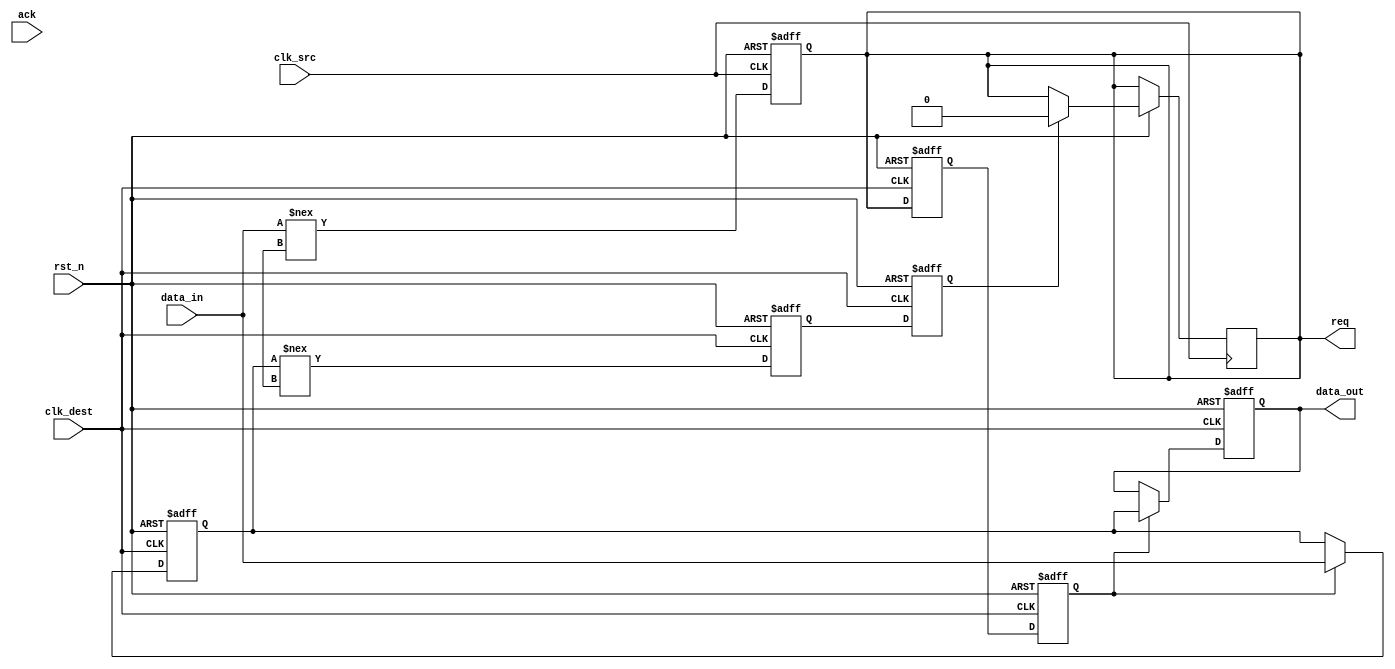
module handshake_synchronizer #(
    parameter DATA_WIDTH = 8
)(
    input  wire           clk_src,      // Source clock
    input  wire           clk_dest,     // Destination clock
    input  wire           rst_n,        // Asynchronous reset (active low)
    input  wire [DATA_WIDTH-1:0] data_in, // Data input from source clock domain
    output reg  [DATA_WIDTH-1:0] data_out, // Data output to destination clock domain
    output reg           req,          // Request signal from source
    input  wire          ack            // Acknowledgment signal from destination
);

// Registers for the handshake signals
reg req_sync_1;
reg req_sync_2;
reg ack_sync_1;
reg ack_sync_2;

// Data register in the destination domain
reg [DATA_WIDTH-1:0] data_reg;

// Generate req signal in the source clock domain
always @(posedge clk_src or negedge rst_n) begin
    if (!rst_n) begin
        req <= 1'b0;
    end else begin
        // Assume data is valid when this condition is true
        req <= (data_in !== {DATA_WIDTH{1'bx}}); // Indicate valid data
    end
end

// Synchronize the req signal to the destination clock domain
always @(posedge clk_dest or negedge rst_n) begin
    if (!rst_n) begin
        req_sync_1 <= 1'b0;
        req_sync_2 <= 1'b0;
    end else begin
        req_sync_1 <= req; // First flip-flop
        req_sync_2 <= req_sync_1; // Second flip-flop
    end
end

// Store data in the destination domain when req is asserted
always @(posedge clk_dest or negedge rst_n) begin
    if (!rst_n) begin
        data_reg <= {DATA_WIDTH{1'b0}};
        data_out <= {DATA_WIDTH{1'b0}};
    end else if (req_sync_2) begin
        data_reg <= data_in; // Capture data when request is valid
        data_out <= data_reg; // Update output
    end
end

// Generate ack signal in the destination clock domain
always @(posedge clk_dest or negedge rst_n) begin
    if (!rst_n) begin
        ack_sync_1 <= 1'b0;
        ack_sync_2 <= 1'b0;
    end else begin
        ack_sync_1 <= (data_reg !== {DATA_WIDTH{1'bx}}); // Indicate data is ready
        ack_sync_2 <= ack_sync_1; // Synchronize ack to source domain
    end
end

// Handle acknowledgement in the source domain
always @(posedge clk_src or negedge rst_n) begin
    if (!rst_n) begin
        // Reset logic to be added as needed
    end else if (ack_sync_2) begin
        // Reset req signal as destination acknowledged receipt of data
        req <= 1'b0;
    end
end

endmodule